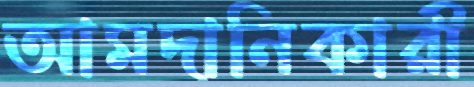
আমদানিকারী